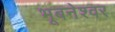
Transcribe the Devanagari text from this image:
भूबनेश्वर